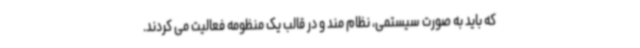
که باید به صورت سیستمی، نظام مند و در قالب یک منظومه فعالیت می کردند.